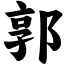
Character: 郭